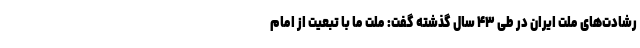
رشادت‌های ملت ایران در طی ۴۳ سال گذشته گفت: ملت ما با تبعیت از امام